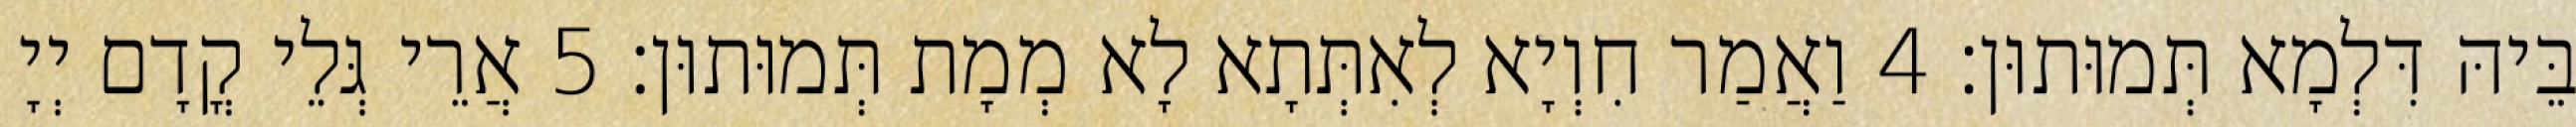
בֵּיהּ דִּלְמָא תְּמוּתוּן׃ 4 וַאֲמַר חִוְיָא לְאִתְּתָא לָא מְמָת תְּמוּתוּן׃ 5 אֲרֵי גְּלֵי קֳדָם יְיָ